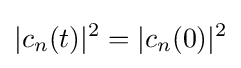
|c_{n}(t)|^{2}=|c_{n}(0)|^{2}